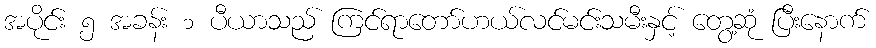
အပိုင်း ၅ အခန်း ၁ ပီယာသည် ကြင်ရာတော်ဟယ်လင်မင်းသမီးနှင့် တွေ့ဆုံ ပြီးနောက်